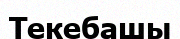
Текебашы